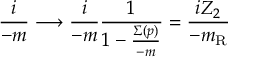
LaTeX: \frac { i } { \not { p } - m } \longrightarrow \frac { i } { \not { p } - m } \frac { 1 } { 1 - \frac { \Sigma ( p ) } { \not { p } - m } } = \frac { i Z _ { 2 } } { \not { p } - m _ { \mathrm { R } } }